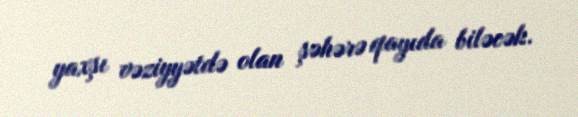
yaxşı vəziyyətdə olan şəhərə qayıda biləcək.